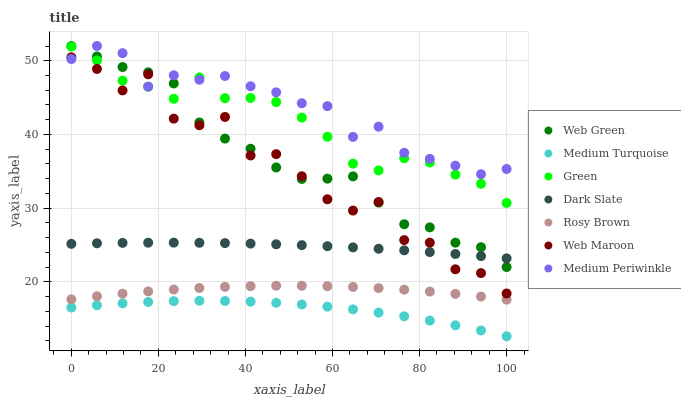
| xaxis_label | Web Green | Medium Turquoise | Green | Dark Slate | Rosy Brown | Web Maroon | Medium Periwinkle |
 | --- | --- | --- | --- | --- | --- | --- | --- |
 | 0 | 52 | 16.5 | 51.9 | 25.2 | 17.6 | 50.5 | 50.2 |
 | 5.88 | 50.6 | 16.8 | 50.1 | 25.2 | 18 | 48.9 | 52 |
 | 11.8 | 49.1 | 17.1 | 47.3 | 25.3 | 18.4 | 46 | 51 |
 | 17.6 | 48.4 | 17.3 | 46.5 | 25.3 | 18.7 | 48.2 | 46.5 |
 | 23.5 | 46.9 | 17.4 | 44.8 | 25.3 | 19 | 42.1 | 48 |
 | 29.4 | 41.6 | 17.4 | 47.7 | 25.3 | 19.2 | 41.3 | 47.4 |
 | 35.3 | 39.4 | 17.4 | 44.9 | 25.3 | 19.3 | 42.4 | 47.9 |
 | 41.2 | 38.1 | 17.3 | 44.9 | 25.2 | 19.4 | 37.2 | 46.5 |
 | 47.1 | 35.5 | 17.2 | 44.4 | 25.1 | 19.5 | 37.3 | 45.7 |
 | 52.9 | 34 | 16.9 | 42.3 | 25 | 19.5 | 34.3 | 44.2 |
 | 58.8 | 34 | 16.6 | 39.7 | 24.9 | 19.4 | 31.2 | 43.8 |
 | 64.7 | 34.3 | 16.3 | 36 | 24.7 | 19.3 | 29.7 | 39.7 |
 | 70.6 | 30.8 | 15.8 | 35.1 | 24.5 | 19.2 | 30.8 | 41.1 |
 | 76.5 | 27.8 | 15.3 | 36.8 | 24.3 | 19 | 25.7 | 37.5 |
 | 82.4 | 27.4 | 14.8 | 36.2 | 24 | 18.7 | 25.3 | 36.7 |
 | 88.2 | 25.3 | 14.1 | 34.6 | 23.8 | 18.4 | 21.7 | 35.8 |
 | 94.1 | 24.7 | 13.4 | 33.3 | 23.5 | 18 | 21.2 | 34.6 |
 | 100 | 22 | 12.6 | 30.7 | 23.2 | 17.6 | 18.4 | 35.3 |